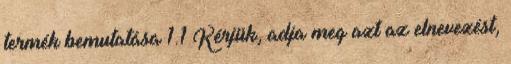
termék bemutatása 1.1 Kérjük, adja meg azt az elnevezést,